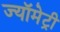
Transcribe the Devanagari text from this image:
ज्यॉमेट्री